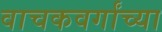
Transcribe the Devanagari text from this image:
वाचकवर्गांच्या